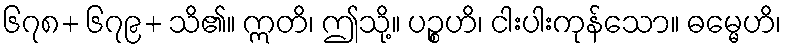
၆၇၈+ ၆၇၉+ သိ၏။ ဣတိ၊ ဤသို့။ ပဉ္စဟိ၊ ငါးပါးကုန်သော။ ဓမ္မေဟိ၊